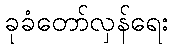
ခုခံတော်လှန်ရေး